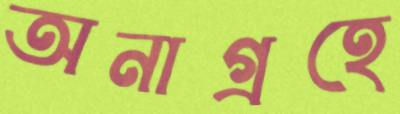
অনাগ্রহে